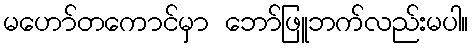
မဟော်တကောင်မှာ ဘော်ဖြူဘက်လည်းမပါ။